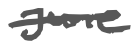
Text: June
Cross-out: single-line
Writing tool: digital_gray